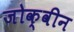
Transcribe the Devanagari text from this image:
जोक्वीन